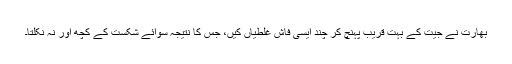
بھارت نے جیت کے بہت قریب پہنچ کر چند ایسی فاش غلطیاں کیں، جس کا نتیجہ سوائے شکست کے کچھ اور نہ نکلتا۔